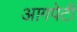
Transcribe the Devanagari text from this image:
आगपेटी